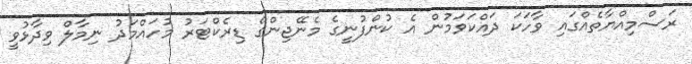
ރަސްމިއްޔާތެއްގައި ވާހަކަ ދައްކަވަމުން އެ ކުންފުނީގެ މެނޭޖިންގް ޑިރެކްޓަރު މުހައްމަދު ނިމާލް ވިދާޅުވީ